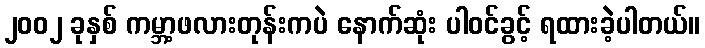
၂၀၀၂ ခုနှစ် ကမ္ဘာ့ဖလားတုန်းကပဲ နောက်ဆုံး ပါဝင်ခွင့် ရထားခဲ့ပါတယ်။